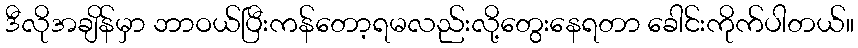
ဒီလိုအချိန်မှာ ဘာဝယ်ပြီးကန်တော့ရမလည်းလို့တွေးနေရတာ ခေါင်းကိုက်ပါတယ်။